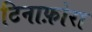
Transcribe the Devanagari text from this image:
टिनाफ़ोरा